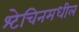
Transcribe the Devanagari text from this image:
श्टेचिनमधील